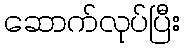
ဆောက်လုပ်ပြီး